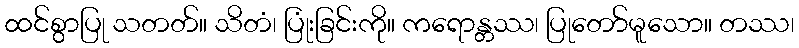
ထင်စွာပြု သတတ်။ သိတံ၊ ပြုံးခြင်းကို။ ကရောန္တဿ၊ ပြုတော်မူသော။ တဿ၊